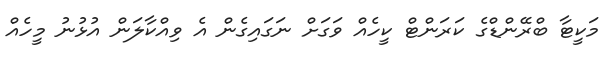
މަކީޓާ ބްރޭންޑްގެ ކަރަންޓް ކީހެއް ވަގަށް ނަގައިގެން އެ ވިއްކާލަން އުޅުނު މީހެއް